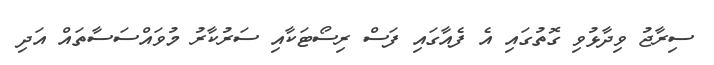
ސިރާޖު ވިދާޅުވި ގޮތުގައި އެ ފެއާގައި ފަސް ރިސޯޓަކާއި ސަރުކާރު މުވައްސަސާތައް އަދި